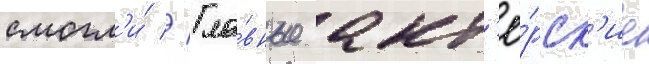
смогл'и́ // Гла́вные акт'ё́рск'ие